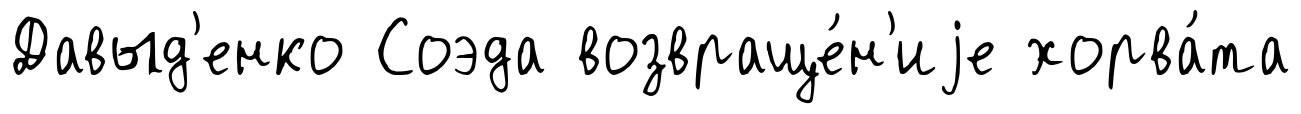
Давыд'енко Соэда возвраще́н'иjе хорва́та